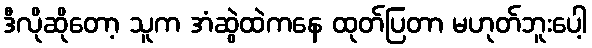
ဒီလိုဆိုတော့ သူက အံဆွဲထဲကနေ ထုတ်ပြတာ မဟုတ်ဘူးပေါ့